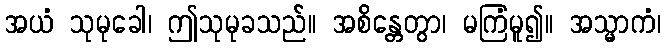
အယံ သုမုခေါ၊ ဤသုမုခသည်။ အစိန္တေတွာ၊ မကြံမူ၍။ အသ္မာကံ၊